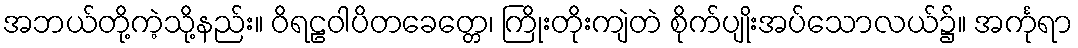
အဘယ်တို့ကဲ့သို့နည်း။ ဝိရဠဝါပိတခေတ္တေ၊ ကြိုးတိုးကျဲတဲ စိုက်ပျိုးအပ်သောလယ်၌။ အင်္ကုရာ